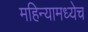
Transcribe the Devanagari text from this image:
महिन्यामध्येच